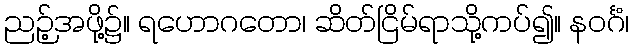
ညဉ့်အဖို့၌။ ရဟောဂတော၊ ဆိတ်ငြိမ်ရာသို့ကပ်၍။ နဝင်္ဂံ၊